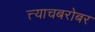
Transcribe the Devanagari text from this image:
त्त्याचबरोबर